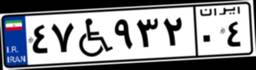
۴۷W۹۳۲۰۴